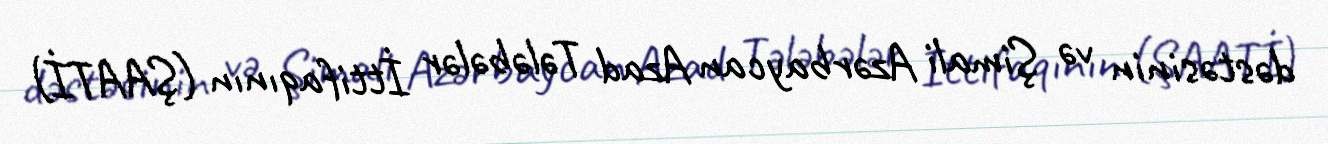
dəstəsinin və Şimali Azərbaycan Azad Tələbələr İttifaqının (ŞAATİ)